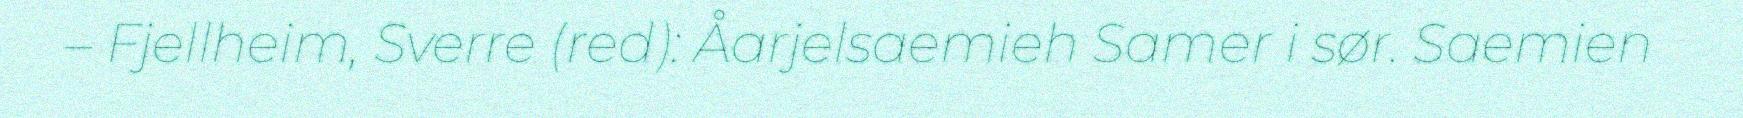
– Fjellheim, Sverre (red): Åarjelsaemieh Samer i sør. Saemien